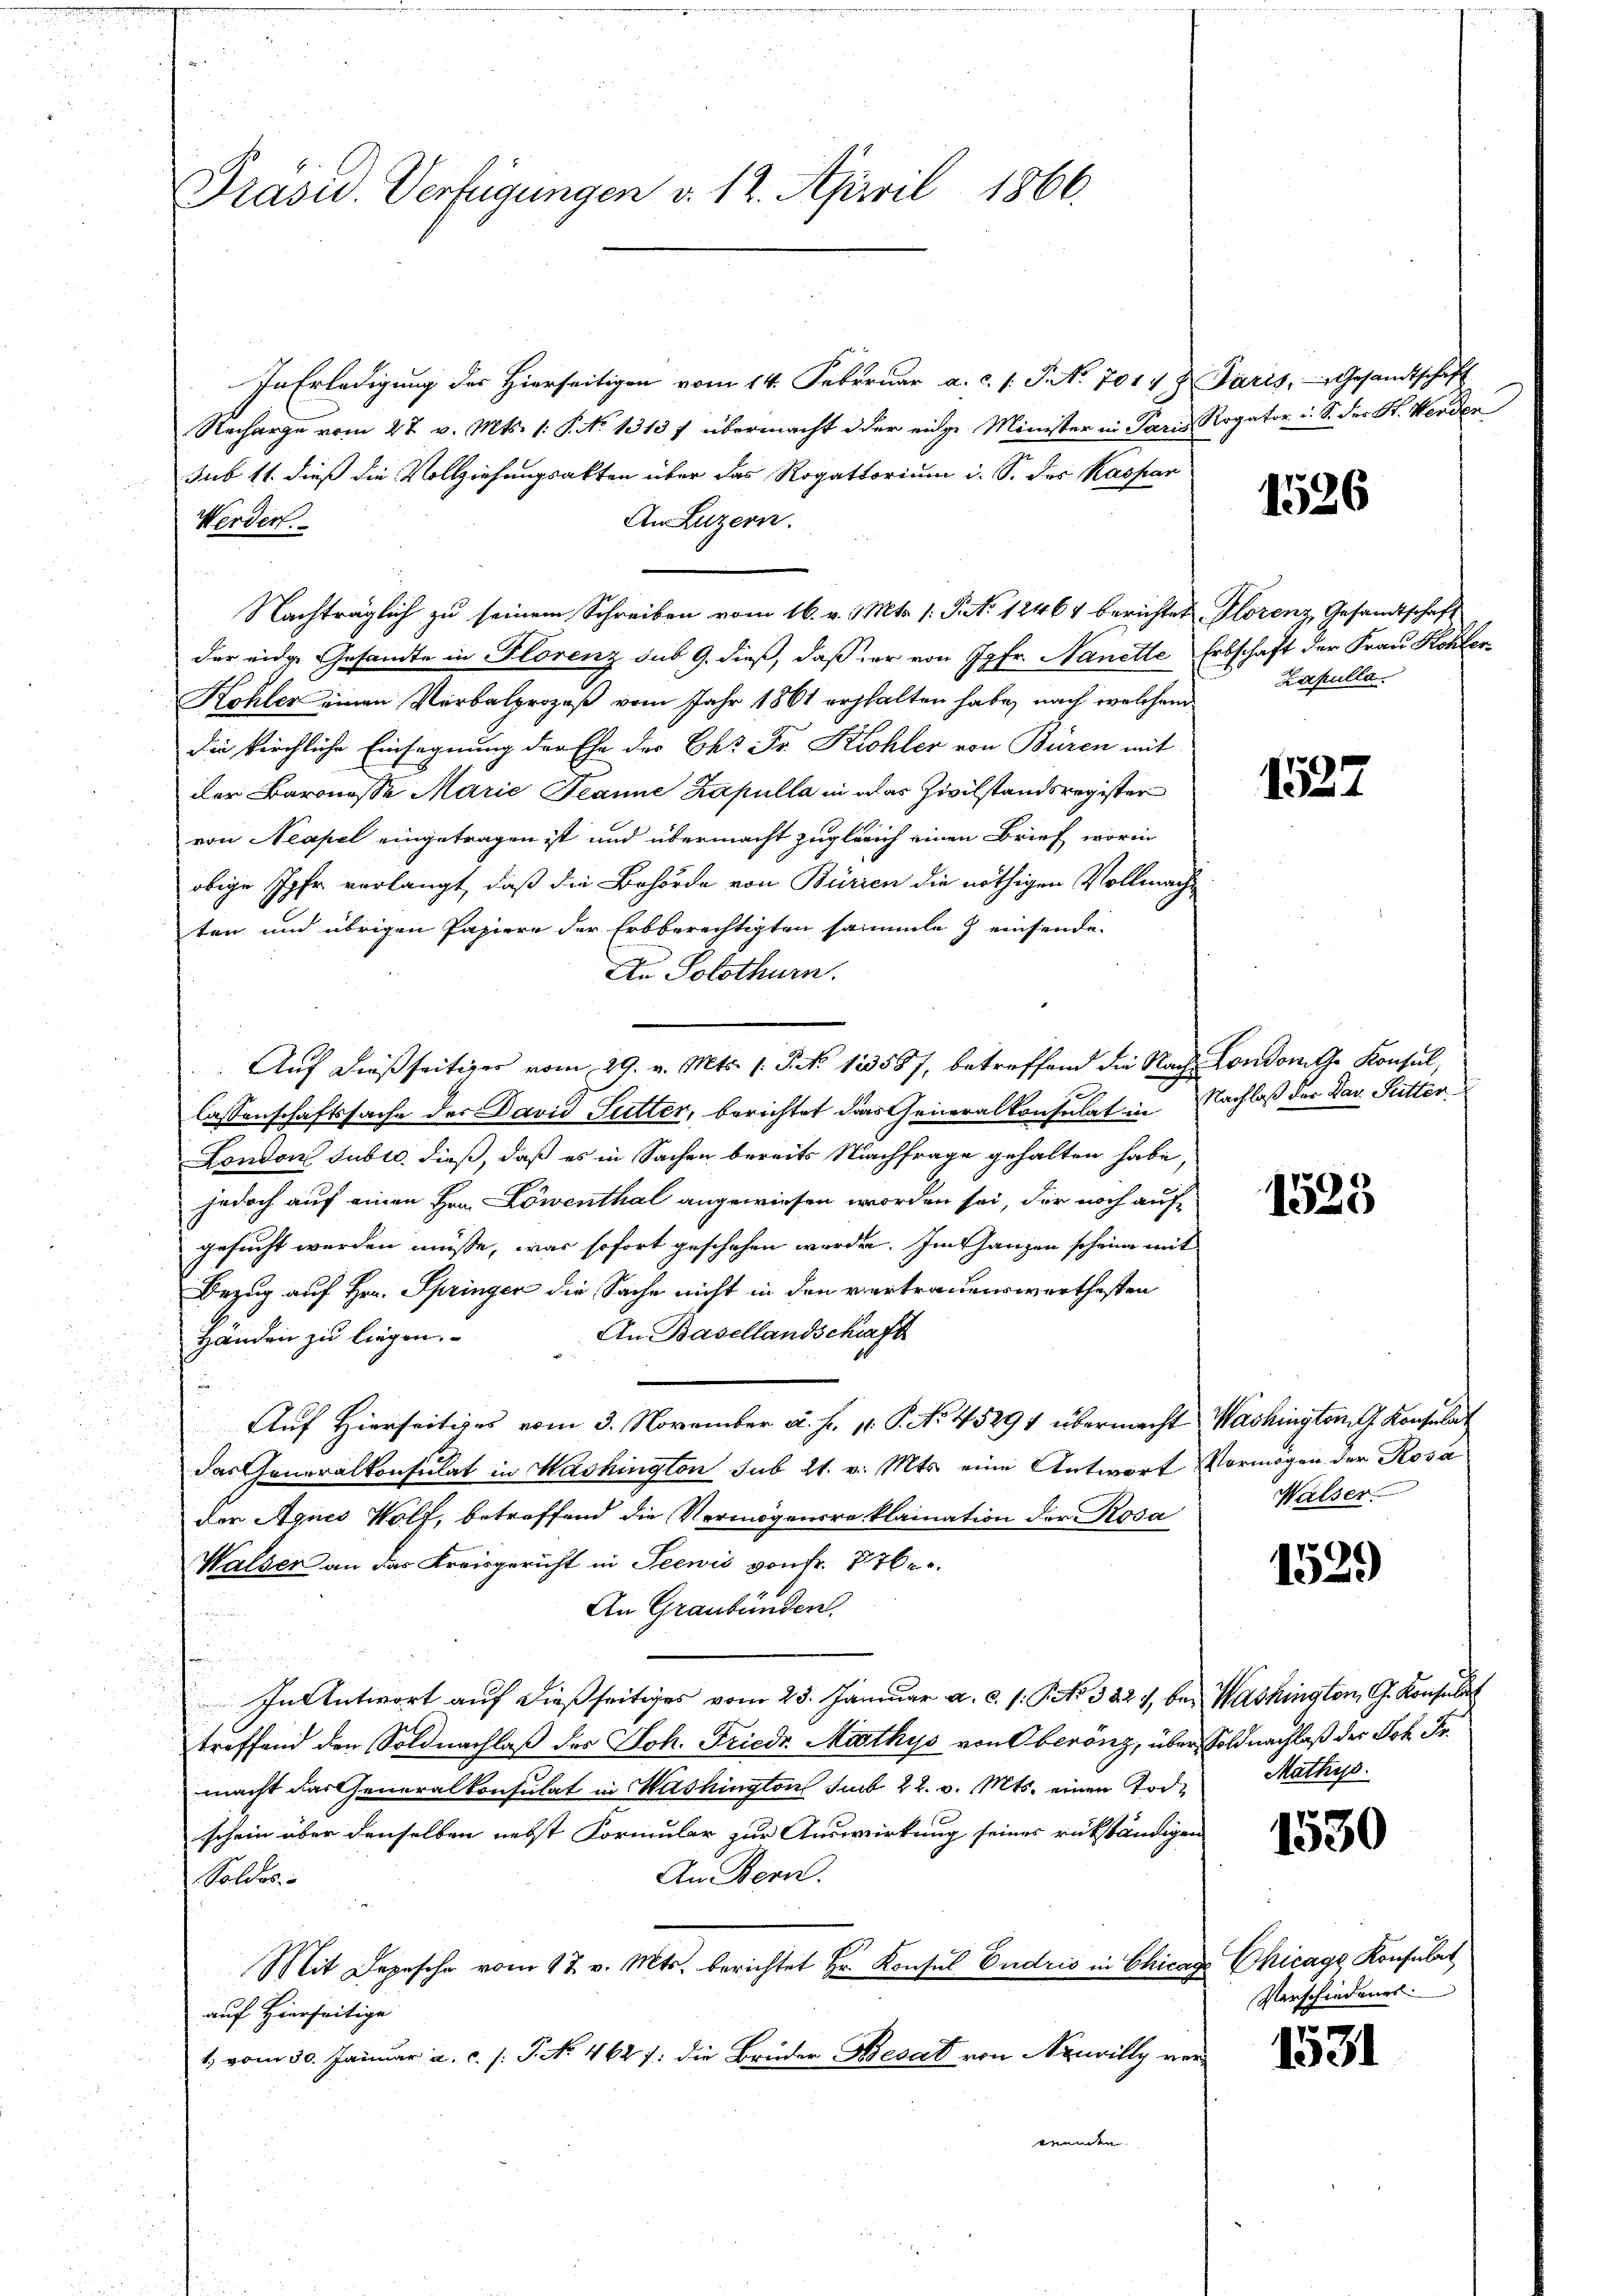
Präsid. Verfügungen v. 12. April 1866.

In Erledigung des Hierseitigen vom 14. Februar a.c. s. S. Nr. 7014 u. Paris, Gesandtschaft
Recharge vom 27. v. Mts. (: P. No 1313 f übermacht oder eidge Minister in Paris Rogator i. S. der St. Werden
sub 11. dieß die Vollziehungsakten über das Rogattorium i. S. des Kaspar
An Luzern.
Werden.
Nachträglich zu seinem Schreiben vom 16. v. Mts. s. S. No 12464 berichtet Florenz, Gesandtschaft
der eidge Gesandte in Florenz sub 9. dieß, daß der von Jgfr. Nanette Erbschaft der Frau Kohler
Kohler einen Verbalprozeß vom Jahr 1861 erhalten habe, nach welchem
die kirchliche Einsegnung der Ehe der Chr. Fr. Kohler von Buren mit
der Baronesse Marie Jeanne Kapulla in das Zivilstandsregister
von Neapel eingetragen ist und übermacht zugleich einen Brief, worin
obige Ihr verlangt, daß die Behörde von Burien die nöthigen Vollmacht
ten und übrigen Papiere der Erbberechtigten sammle) einsende.
An Solothurn.
Auf dießseitiger vom 29. v. Mts. s. S. 123587, betreffend die Nach Londonathe Konsul,
lassenschaftssache der David Sutter, berichtet das Generalkonsulat in Nachlaß der Dav. Sutter.
London Subro dieß, daß es in Sachen bereits Nachfrage gehalten habe,
jedoch auf einen Hrn. Löwenthal angewiesen worden sei, der noch auf
gesucht werden müsse, was sofort geschehen werden. Im Ganzen scheine mit
Bezug auf Hrn. Springer die Sache nicht in den vertrauenswerthesten
An Basellandschaft
Händen zu liegen.
Auf Hierseitiges vom 3. November a. f. 1. P. No. 45291 übermacht Washington G. Konsulat
das Generalkonsulat in Washington sub 21. v. Mts. eine Antwort Vermögen der Rosa
der Agnes Wolf, betreffend die Vermögensre klamation der Rosa
Walser an das Kreisgericht in Seewis von Fr. 776.
An Graubünden.
In Antwort auf dießseitiges vom 25. Januar a. c. s. S. 382, bei Washington, G. Konsulat
treffend den Soldnachlaß des Joh. Friedr Mathys von Oberöng, über Soldnachlaß der Joh. Fr.
macht das Generalkonsulat in Washington sub 22. v. Mts. einen Todschein über denselben nebst Formular zur Auswirkung seines rükständigen
An Bern.
Soldes
Mit Depesche vom 17. v. Mts. berichtet Hr. Konsul Endris in Chicag
auf Hierseitige
1. vom 30. Januar a. c. s. S. No. 464 /: die Brüder Besad von Neuvilly vorwenden.

1526

Zapulla

1527

1523

Walser

1529

Mathys.

1530

Chicage Konsulat
Verschiedenes.

1531